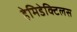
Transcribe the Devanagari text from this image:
हेमिडेक्टिलस